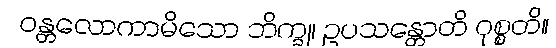
ဝန္တလောကာမိသော ဘိက္ခု၊ ဥပသန္တောတိ ဝုစ္စတိ။